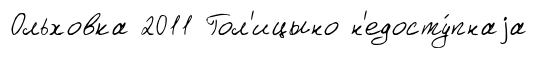
Ольховка 2011 Гол'ицыно н'едосту́пнаjа